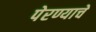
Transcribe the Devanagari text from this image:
पेरण्याचे